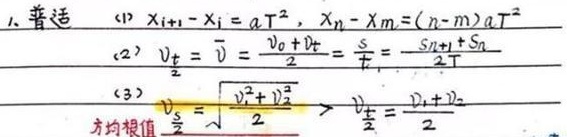
1. 普适
(1) \(x_{i + 1}-x_{i}=aT^{2}\)，\(x_{n}-x_{m}=(n - m)aT^{2}\)
(2) \(v_{\frac{t}{2}}=\overline{v}=\frac{v_{0}+v_{t}}{2}=\frac{s}{t}=\frac{s_{n + 1}+s_{n}}{2T}\)
(3) 方均根值 \(v_{\frac{s}{2}}=\sqrt{\frac{v_{1}^{2}+v_{2}^{2}}{2}}>v_{\frac{t}{2}}=\frac{v_{1}+v_{2}}{2}\)